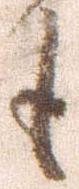
も